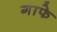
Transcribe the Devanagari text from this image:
गाफे